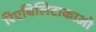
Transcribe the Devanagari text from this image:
रिएबिलिटाकाओ